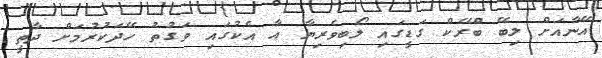
އޭނާއަށް ލިބޭ ބްރޭކް ގަޑީގައި ލޯބިވެރިޔާ އާ އެކުގައި ވަގުތު ހޭދަކުރުމަށް ދާތީ